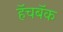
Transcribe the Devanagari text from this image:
हॅचबॅक